Annual report of the Punjab Veterinary College and of the Civil Veterinary Department, Punjab - 1926-1932
Year: 1926
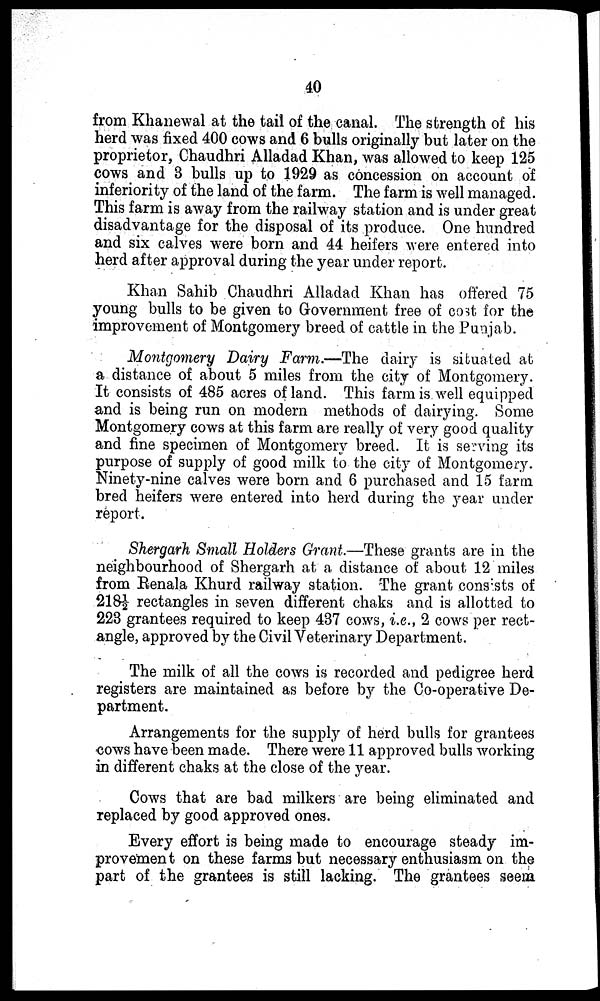
40
from Khanewal at the tail of the canal. The strength of his
herd was fixed 400 cows and 6 bulls originally but later on the
proprietor, Chaudhri Alladad Khan, was allowed to keep 125
cows and 3 bulls up to 1929 as concession on account of
inferiority of the land of the farm. The farm is well managed.
This farm is away from the railway station and is under great
disadvantage for the disposal of its produce. One hundred
and six calves were born and 44 heifers were entered into
herd after approval during the year under report.
Khan Sahib Chaudhri Alladad Khan has offered 75
young bulls to be given to Government free of cost for the
improvement of Montgomery breed of cattle in the Punjab.
Montgomery Dairy Farm.—The dairy is situated at
a distance of about 5 miles from the city of Montgomery.
It consists of 485 acres of land. This farm is well equipped
and is being run on modern methods of dairying. Some
Montgomery cows at this farm are really of very good quality
and fine specimen of Montgomery breed. It is serving its
purpose of supply of good milk to the city of Montgomery.
Ninety-nine calves were born and 6 purchased and 15 farm
bred heifers were entered into herd during the year under
report.
Shergarh Small Holders Grant.—These grants are in the
neighbourhood of Shergarh at a distance of about 12 miles
from Renala Khurd railway station. The grant consists of
218½ rectangles in seven different chaks and is allotted to
223 grantees required to keep 437 cows, i.e., 2 cows per rect-
angle, approved by the Civil Veterinary Department.
The milk of all the cows is recorded and pedigree herd
registers are maintained as before by the Co-operative De-
partment.
Arrangements for the supply of herd bulls for grantees
cows have been made. There were 11 approved bulls working
in different chaks at the close of the year.
Cows that are bad milkers are being eliminated and
replaced by good approved ones.
Every effort is being made to encourage steady im-
provement on these farms but necessary enthusiasm on the
part of the grantees is still lacking. The grantees seem